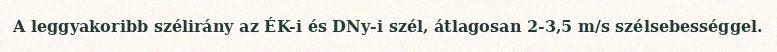
A leggyakoribb szélirány az ÉK-i és DNy-i szél, átlagosan 2-3,5 m/s szélsebességgel.